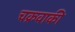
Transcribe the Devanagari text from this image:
चक्रवाकी